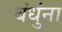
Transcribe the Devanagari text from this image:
बंधुंना